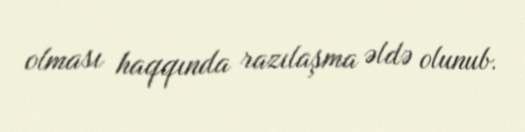
olması haqqında razılaşma əldə olunub.